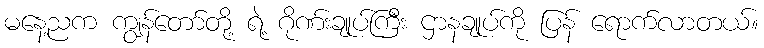
မနေ့ညက ကျွန်တော်တို့ ရဲ့ ဂိုဏ်းချုပ်ကြီး ဌာနချုပ်ကို ပြန် ရောက်လာတယ်။